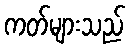
ကတ်များသည်